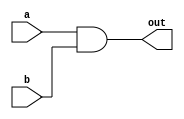
module top_module(
    input a, 
    input b,
    output out );

    and a1(out,a,b);
endmodule